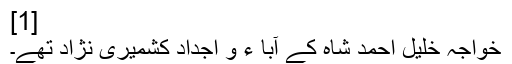
[1]
خواجہ خلیل احمد شاہ کے آبا ء و اجداد کشمیری نژاد تھے۔